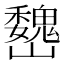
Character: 𡿁